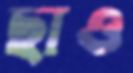
ছাও